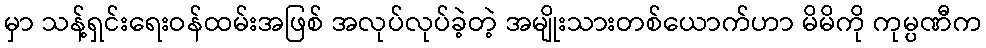
မှာ သန့်ရှင်းရေးဝန်ထမ်းအဖြစ် အလုပ်လုပ်ခဲ့တဲ့ အမျိုးသားတစ်ယောက်ဟာ မိမိကို ကုမ္ပဏီက